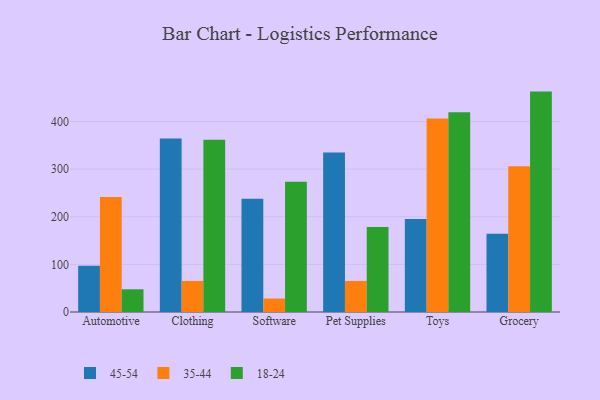
{"axis": {"x": "Category", "y": "Bounce Rate (%)"}, "legend": ["18-24", "35-44", "45-54"], "data": [{"x": "Automotive", "y": 96.9, "type": "45-54"}, {"x": "Automotive", "y": 241.5, "type": "35-44"}, {"x": "Automotive", "y": 47.7, "type": "18-24"}, {"x": "Clothing", "y": 364.4, "type": "45-54"}, {"x": "Clothing", "y": 65.2, "type": "35-44"}, {"x": "Clothing", "y": 361.6, "type": "18-24"}, {"x": "Software", "y": 237.8, "type": "45-54"}, {"x": "Software", "y": 28.3, "type": "35-44"}, {"x": "Software", "y": 273.3, "type": "18-24"}, {"x": "Pet Supplies", "y": 334.7, "type": "45-54"}, {"x": "Pet Supplies", "y": 65.2, "type": "35-44"}, {"x": "Pet Supplies", "y": 178.3, "type": "18-24"}, {"x": "Toys", "y": 195.4, "type": "45-54"}, {"x": "Toys", "y": 406.5, "type": "35-44"}, {"x": "Toys", "y": 419.7, "type": "18-24"}, {"x": "Grocery", "y": 164.5, "type": "45-54"}, {"x": "Grocery", "y": 306.1, "type": "35-44"}, {"x": "Grocery", "y": 462.8, "type": "18-24"}]}